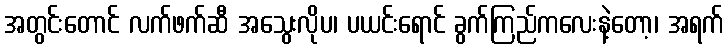
အတွင်းတောင် လက်ဖက်ဆီ အသွေးလိုပ၊ ပယင်းရောင် ခွက်ကြည်ကလေးနဲ့တော့၊ အရက်